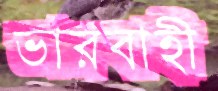
ভারবাহী